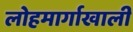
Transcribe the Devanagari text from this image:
लोहमार्गाखाली